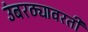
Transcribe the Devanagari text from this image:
उंबरठ्यावरती